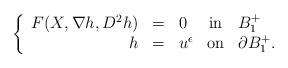
LaTeX: \begin{align*} \left\{\begin{array}{rclcl} F(X,\nabla h,D^2 h)& = & 0 & \mbox{in} & B^{+}_{1}\\ h & = & u^{\epsilon} & \mbox{on} & \partial B^{+}_{1} .\end{array}\right.\end{align*}